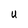
Character: U